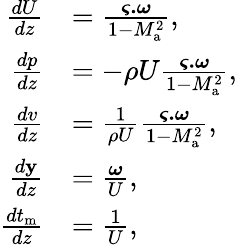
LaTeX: \begin{array}{rl}{\frac{dU}{dz}}&{=\frac{\boldsymbol{\varsigma.}\boldsymbol{\omega}}{1-M_{\mathrm{a}}^{2}},}\\ {\frac{dp}{dz}}&{=-\rho U\frac{\boldsymbol{\varsigma.}\boldsymbol{\omega}}{1-M_{\mathrm{a}}^{2}},}\\ {\frac{dv}{dz}}&{=\frac{1}{\rho U}\frac{\boldsymbol{\varsigma.}\boldsymbol{\omega}}{1-M_{\mathrm{a}}^{2}},}\\ {\frac{d\mathbf{y}}{dz}}&{=\frac{\boldsymbol{\omega}}{U},}\\ {\frac{dt_{\mathrm{m}}}{dz}}&{=\frac{1}{U},}\end{array}